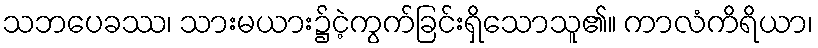
သဘပေခဿ၊ သားမယား၌ငဲ့ကွက်ခြင်းရှိသောသူ၏။ ကာလံကိရိယာ၊